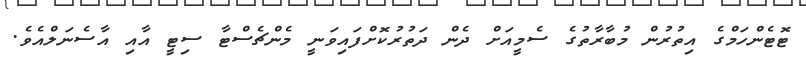
ޓޮޓެންހަމްގެ އިތުރުން މުބާރާތުގެ ސެމީއަށް ދެން ދަތުރުކޮށްފައިވަނީ މެންޗެސްޓާ ސިޓީ އާއި އާސެނަލްއެވެ.